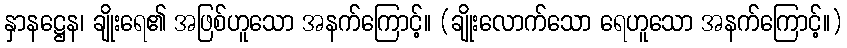
နှာနဋ္ဌေန၊ ချိုးရေ၏ အဖြစ်ဟူသော အနက်ကြောင့်။ (ချိုးလောက်သော ရေဟူသော အနက်ကြောင့်။)